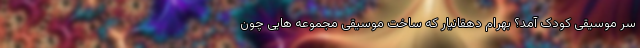
سر موسیقی کودک آمد؟ بهرام دهقانیار که ساخت موسیقی مجموعه هایی چون